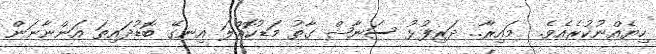
ހިޔެއްނުކުރެއެވެ.  މައިރާ.. ދަރިފުޅު ސަނާޝް ގާތު މަޑުކޮއްލަ އިނގޭ ބޮޑުދައިތަ އަންނާނަން